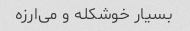
بسیار خوشکله و می‌ارزه